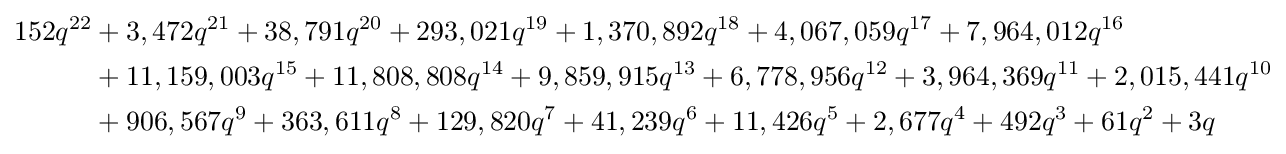
{\begin{aligned}152q^{22}&+3,472q^{21}+38,791q^{20}+293,021q^{19}+1,370,892q^{18}+4,067,059q^{17}+7,964,012q^{16}\\&+11,159,003q^{15}+11,808,808q^{14}+9,859,915q^{13}+6,778,956q^{12}+3,964,369q^{11}+2,015,441q^{10}\\&+906,567q^{9}+363,611q^{8}+129,820q^{7}+41,239q^{6}+11,426q^{5}+2,677q^{4}+492q^{3}+61q^{2}+3q\end{aligned}}